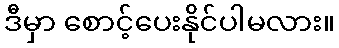
ဒီမှာ စောင့်ပေးနိုင်ပါမလား။